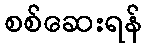
စစ်ဆေးရန်